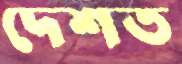
দেশত